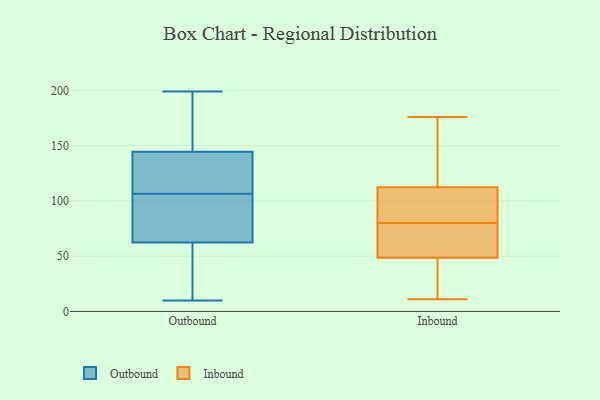
{"axis": {"x": "Customer Acquisition Cost (USD)", "y": "Value"}, "legend": ["Inbound", "Outbound"], "data": [{"x": "", "y": 26, "type": "Outbound"}, {"x": "", "y": 132, "type": "Outbound"}, {"x": "", "y": 199, "type": "Outbound"}, {"x": "", "y": 105, "type": "Outbound"}, {"x": "", "y": 164, "type": "Outbound"}, {"x": "", "y": 150, "type": "Outbound"}, {"x": "", "y": 118, "type": "Outbound"}, {"x": "", "y": 74, "type": "Outbound"}, {"x": "", "y": 108, "type": "Outbound"}, {"x": "", "y": 26, "type": "Outbound"}, {"x": "", "y": 51, "type": "Outbound"}, {"x": "", "y": 90, "type": "Outbound"}, {"x": "", "y": 139, "type": "Outbound"}, {"x": "", "y": 10, "type": "Outbound"}, {"x": "", "y": 186, "type": "Outbound"}, {"x": "", "y": 88, "type": "Outbound"}, {"x": "", "y": 100, "type": "Inbound"}, {"x": "", "y": 80, "type": "Inbound"}, {"x": "", "y": 52, "type": "Inbound"}, {"x": "", "y": 88, "type": "Inbound"}, {"x": "", "y": 11, "type": "Inbound"}, {"x": "", "y": 32, "type": "Inbound"}, {"x": "", "y": 15, "type": "Inbound"}, {"x": "", "y": 50, "type": "Inbound"}, {"x": "", "y": 172, "type": "Inbound"}, {"x": "", "y": 89, "type": "Inbound"}, {"x": "", "y": 176, "type": "Inbound"}, {"x": "", "y": 64, "type": "Inbound"}, {"x": "", "y": 124, "type": "Inbound"}, {"x": "", "y": 109, "type": "Inbound"}, {"x": "", "y": 123, "type": "Inbound"}, {"x": "", "y": 44, "type": "Inbound"}, {"x": "", "y": 53, "type": "Inbound"}]}